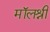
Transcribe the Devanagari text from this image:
मॉलश्री